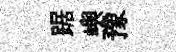
踞嶼豫